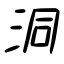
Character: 洞